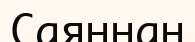
Саяннан